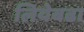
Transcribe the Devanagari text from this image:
लियेबढा